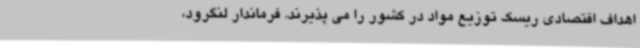
اهداف اقتصادی ریسک توزیع مواد در کشور را می پذیرند. فرماندار لنگرود،